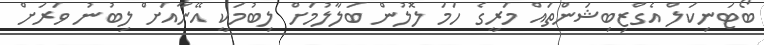
ބޯޓަނިކަލް އެގްޒިބިޝަންތައް މަރީގެ ހަމަ ލޮލުން ބަލާލުމަށް ލިބުމަކީ އޭނާއަށް ލިބުނު ވަރަށް